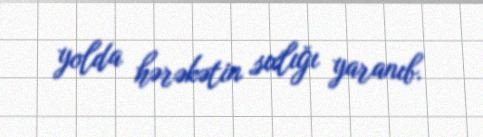
yolda hərəkətin sıxlığı yaranıb.